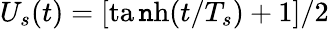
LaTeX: U_{s}(t)=[\operatorname{ta\mathtt{n}h}(t/T_{s})+1]/2